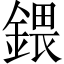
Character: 鍡